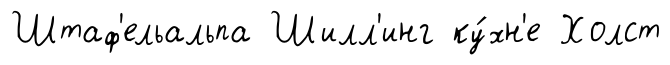
Штаф'ельальпа Шилл'инг ку́хн'е Холст